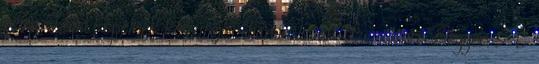
téma. Téma képeinek készítője: Shana Novak. Üzemeltető: Blogger. 5°C